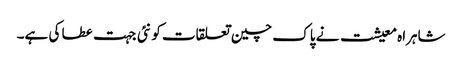
شاہراہ معیشت نے پاک چین تعلقات کو نئی جہت عطا کی ہے۔